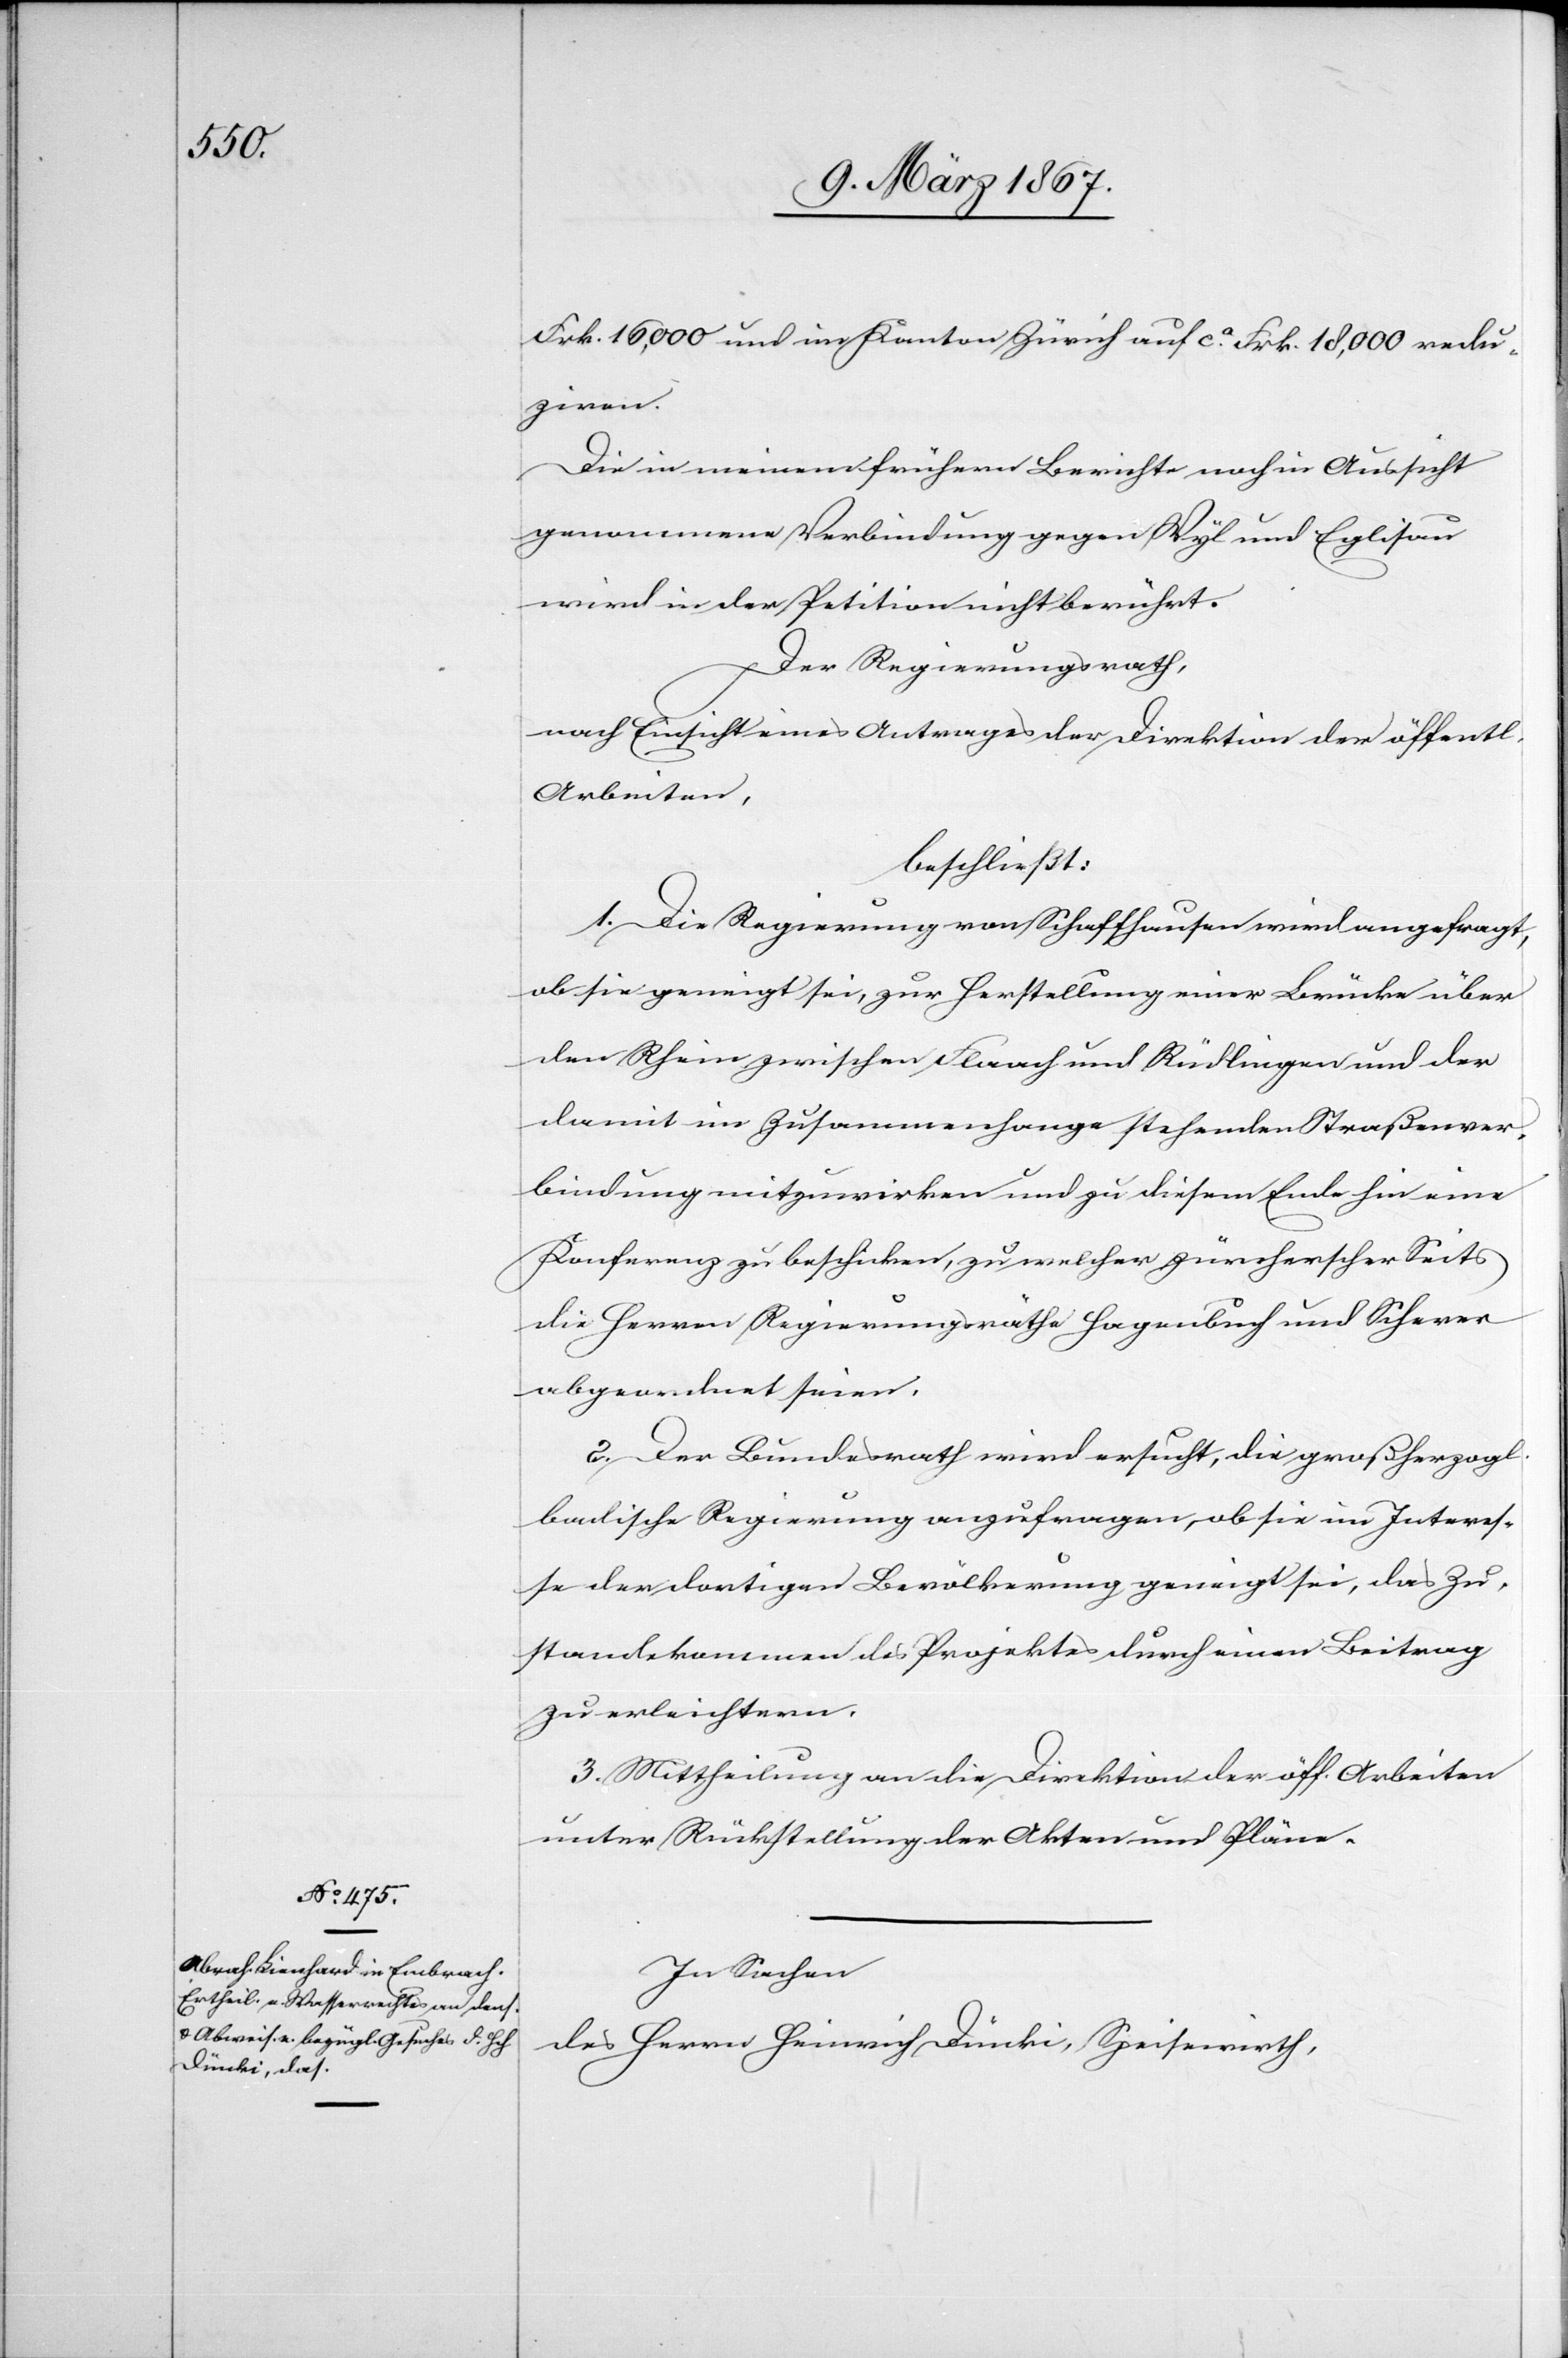
Frk. 16,000 und im Kanton Zürich auf ca. Frk. 18,000 redu¬
ziren.
Die in meinem frühern Berichte noch in Aussicht
genommene Verbindung gegen Wyl und Eglisau
wird in der Petition nicht berührt.
Der Regierungsrath,
nach Einsicht eines Antrages der Direktion der öffentl.
Arbeiten,
beschließt:
1. Die Regierung von Schaffhausen wird angefragt,
ob sie geneigt sei, zur Herstellung einer Brücke über
den Rhein zwischen Flaach und Rüdlingen und der
damit im Zusammenhange stehenden Straßenver¬
bindung mitzuwirken und zu diesem Ende hin eine
Konferenz zu beschicken, zu welcher zürcherscher Seits
die Herren Regierungsräthe Hagenbuch und Scherer
abgeordnet seien.
2. Der Bundesrath wird ersucht, die großherzogl.
badische Regierung anzufragen, ob sie im Interes¬
se der dortigen Bevölkerung geneigt sei, das Zu¬
standekommen des Projektes durch einen Beitrag
zu erleichtern.
3. Mittheilung an die Direktion der öff. Arbeiten
unter Rückstellung der Akten und Pläne.
In Sachen
des Herrn Heinrich Dünki, Speisewirth,